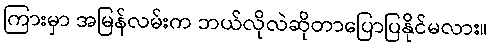
ကြားမှာ အမြန်လမ်းက ဘယ်လိုလဲဆိုတာပြောပြနိုင်မလား။